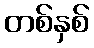
တစ်နှစ်